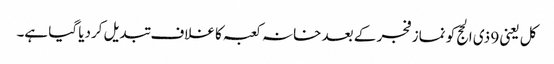
کل یعنی 9 ذی الحج کو نماز فجر کے بعد خانہ کعبہ کا غلاف تبدیل کردیا گیا ہے۔